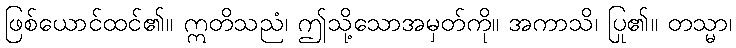
ဖြစ်ယောင်ထင်၏။ ဣတိသညံ၊ ဤသို့သောအမှတ်ကို။ အကာသိ၊ ပြု၏။ တသ္မာ၊